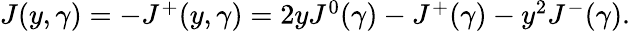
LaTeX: \begin{array}{lcr}{{J(y,\gamma)=-J^{+}(y,\gamma)=2yJ^{0}(\gamma)-J^{+}(\gamma)-y^{2}J^{-}(\gamma).}}\end{array}